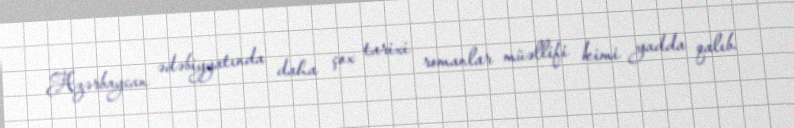
Azərbaycan ədəbiyyatında daha çox tarixi romanlar müəllifi kimi yadda qalıb.